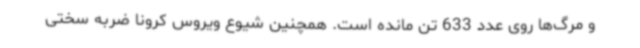
و مرگ‌ها روی عدد 633 تن مانده است. همچنین شیوع ویروس کرونا ضربه سختی